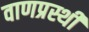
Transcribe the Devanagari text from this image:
वाणप्रस्थी